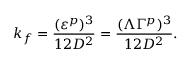
k _ { f } = \frac { ( \varepsilon ^ { p } ) ^ { 3 } } { 1 2 D ^ { 2 } } = \frac { ( \Lambda \Gamma ^ { p } ) ^ { 3 } } { 1 2 D ^ { 2 } } .